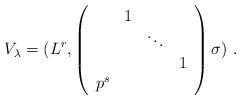
LaTeX: \begin{align*}V_\lambda = (L^r,\left(\begin{array}{cccc} & 1 & & \\ & & \ddots & \\ & & & 1 \\ p^s & & & \end{array}\right)\sigma)\ .\end{align*}